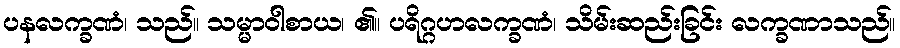
ပနလက္ခဏံ၊ သည်။ သမ္မာဝါစာယ၊ ၏။ ပရိဂ္ဂဟလက္ခဏံ၊ သိမ်းဆည်းခြင်း လက္ခဏာသည်။